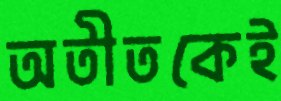
অতীতকেই